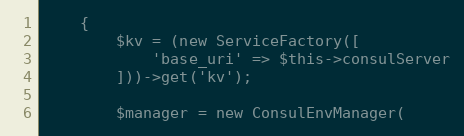
Language: PHP
    {
        $kv = (new ServiceFactory([
            'base_uri' => $this->consulServer
        ]))->get('kv');

        $manager = new ConsulEnvManager(